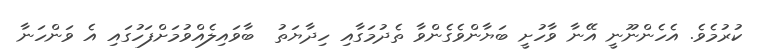
ކުރުމެވެ. އެހެންނޫނީ އޭނާ ވާހުށީ ބަޔާންވެގެންވާ ތެދުމަގާއި ހިދާޔަތު  ބާވައިލެއްވުމަށްފަހުގައި އެ ވަންހަނާ